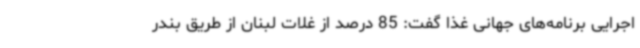
اجرایی برنامه‌های جهانی غذا گفت: 85 درصد از غلات لبنان از طریق بندر